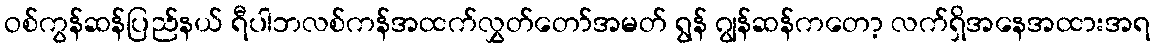
ဝစ်ကွန်ဆန်ပြည်နယ် ရီပါဘလစ်ကန်အထက်လွှတ်တော်အမတ် ရွန် ဂျွန်ဆန်ကတော့ လက်ရှိအနေအထားအရ